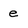
Character: e